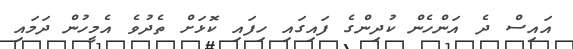
އައިސް ދެ އަންހެން ކުދިންގެ ފައިގައި ހިފައި ކޮޅަށް ތެދުވެ އެމީހުން ދަމައި